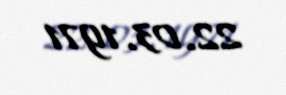
22.03.1971